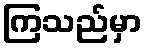
ကြသည်မှာ